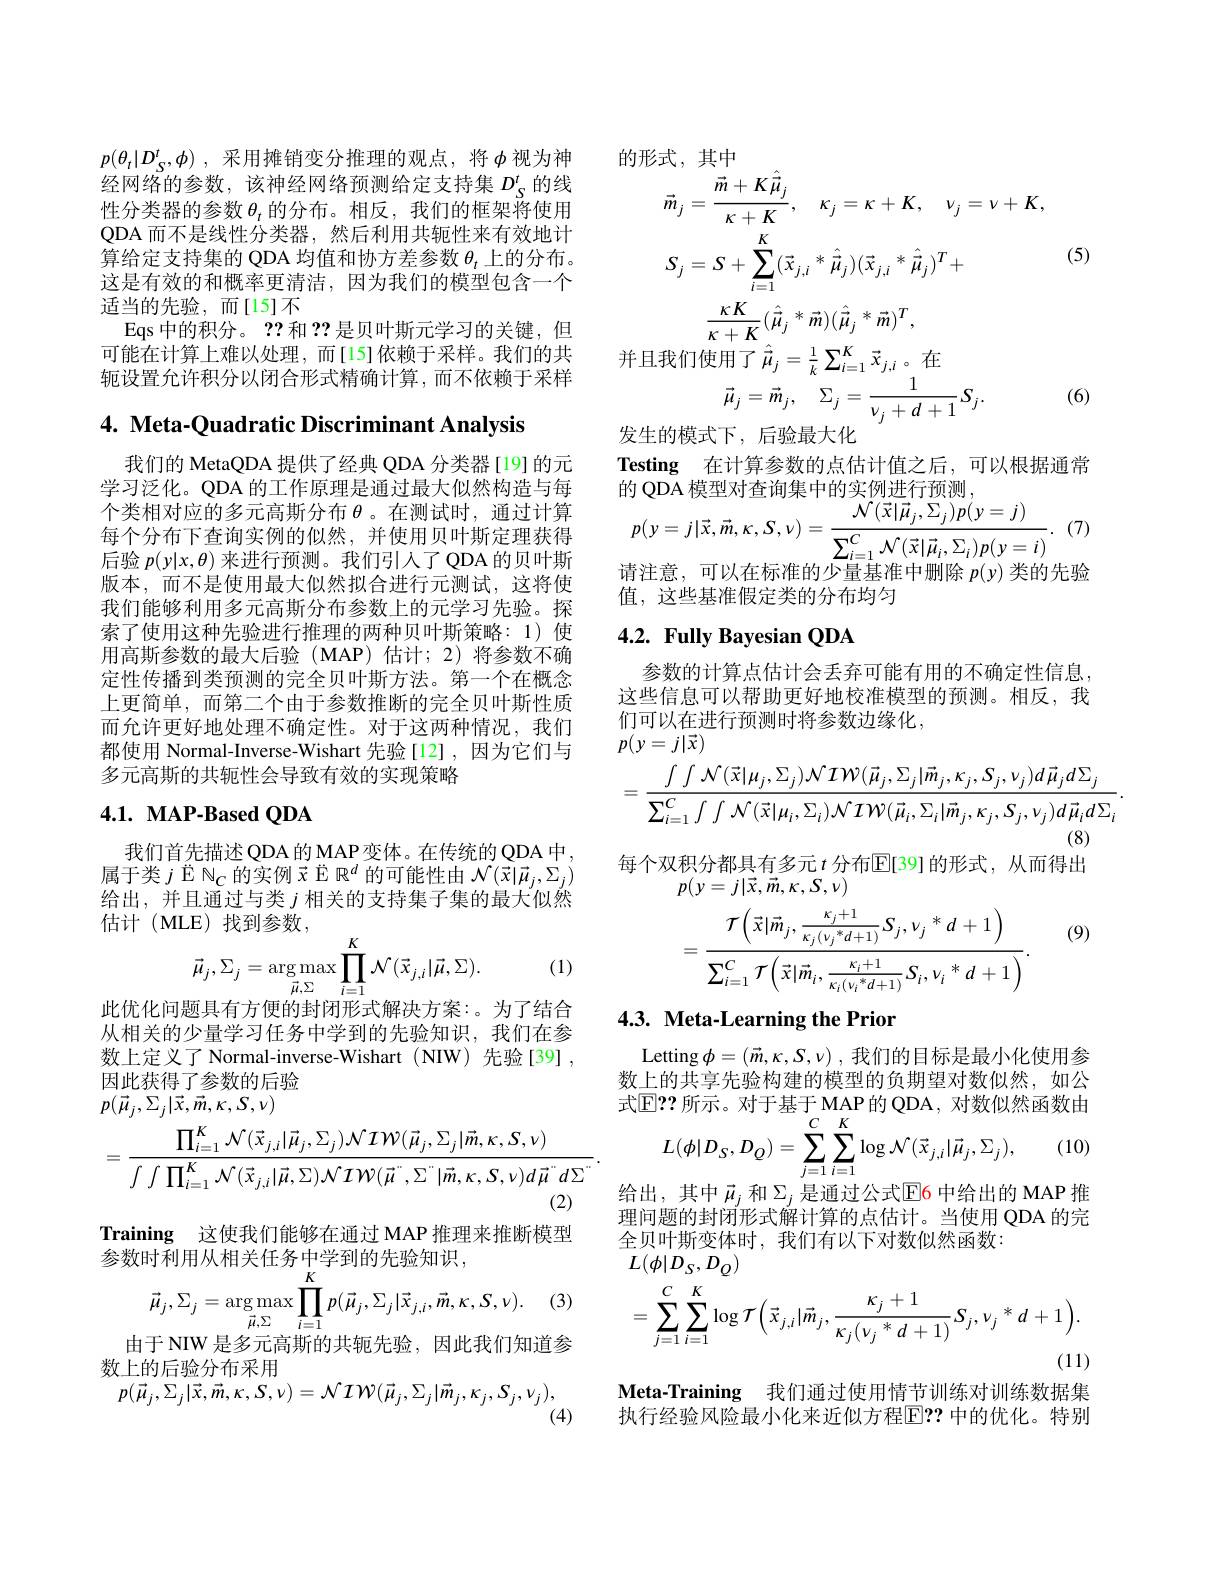
$p( \theta _t| D_S^t, \phi )$ , 采用摊销变分推理的观点，将$\phi$视为神经网络的参数，该神经网络预测给定支持集$D_S^t$的线性分类器的参数$\theta_t$的分布。相反，我们的框架将使用QDA 而不是线性分类器，然后利用共轭性来有效地计算给定支持集的 QDA 均值和协方差参数$\theta_t$上的分布。这是有效的和概率更清洁，因为我们的模型包含一个适当的先验，而[15]不
Eqs 中的积分。??和？?是贝叶斯元学习的关键，但可能在计算上难以处理，而[15]依赖于采样。我们的共轭设置允许积分以闭合形式精确计算，而不依赖于采样

4. Meta-Quadratic Discriminant Analysis

我们的 MetaQDA 提供了经典 QDA 分类器[19] 的元学习泛化。QDA 的工作原理是通过最大似然构造与每个类相对应的多元高斯分布$\theta$ 。在测试时，通过计算每个分布下查询实例的似然，并使用贝叶斯定理获得后验$p(y|x,\theta)$来进行预测。我们引人了 QDA 的贝叶斯版本，而不是使用最大似然拟合进行元测试，这将使我们能够利用多元高斯分布参数上的元学习先验。探索了使用这种先验进行推理的两种贝叶斯策略：1)使用高斯参数的最大后验(MAP)估计；2)将参数不确定性传播到类预测的完全贝叶斯方法。第一个在概念上更简单，而第二个由于参数推断的完全贝叶斯性质而允许更好地处理不确定性。对于这两种情况，我们都使用 Normal-Inverse-Wishart 先验[12],因为它们与多元高斯的共轭性会导致有效的实现策略

# 4.1. MAP-Based QDA

我们首先描述QDA 的 MAP变体。在传统的 QDA 中属于类$j$ Ё $\mathbb{N}_C$的实例$\vec{x}$ Ё $\mathbb{R}^d$的可能性由$\mathcal{N}(\vec{x}|\vec{\mu}_j,\Sigma_j)$ 给出，并且通过与类$j$相关的支持集子集的最大似然估计(MLE)找到参数，
$$\vec{\mu}_{j},\Sigma_{j}=\arg\max_{\vec{\mu},\Sigma}\prod_{i=1}^{K}\mathcal{N}(\vec{x}_{j,i}|\vec{\mu},\Sigma).$$
(1)

此优化问题具有方便的封闭形式解决方案：。为了结合从相关的少量学习任务中学到的先验知识，我们在参数上定义了 Normal-inverse-Wishart (NIW) 先验[39] , 因此获得了参数的后验
$p(\vec{\mu}_{j},\Sigma_{j}|\vec{x},\vec{m},\kappa,S,\nu)$
$$=\frac{\prod_{i=1}^{K}\mathcal{N}(\vec{x}_{j,i}|\vec{\mu}_{j},\Sigma_{j})\mathcal{N}\mathcal{IW}(\vec{\mu}_{j},\Sigma_{j}|\vec{m},\kappa,S,\nu)}{\int\int\prod_{i=1}^{K}\mathcal{N}(\vec{x}_{j,i}|\vec{\mu},\Sigma)\mathcal{N}\mathcal{IW}(\vec{\mu}^{"},\Sigma^{"}|\vec{m},\kappa,S,\nu)d\vec{\mu}^{"}d\Sigma^{"}}.$$
Training 这使我们能够在通过 MAP 推理来推断模型
参数时利用从相关任务中学到的先验知识，
$$\vec{\mu}_{j},\Sigma_{j}=\arg\max_{\vec{\mu},\Sigma}\prod_{i=1}^{K}p(\vec{\mu}_{j},\Sigma_{j}|\vec{x}_{j,i},\vec{m},\kappa,S,\nu).$$
(3)

由于 NIW 是多元高斯的共轭先验，因此我们知道参

数上的后验分布采用
$$p(\vec{\mu}_{j},\Sigma_{j}|\vec{x},\vec{m},\kappa,S,\nu)=\mathcal{NIW}(\vec{\mu}_{j},\Sigma_{j}|\vec{m}_{j},\kappa_{j},S_{j},\nu_{j}),$$
(4)

的形式，其中
$$\begin{aligned}&\vec{m}_{j}=\frac{\vec{m}+K\hat{\mu}_{j}}{\kappa+K},\quad\kappa_{j}=\kappa+K,\quad\nu_{j}=\nu+K,\\&S_{j}=S+\sum_{i=1}^{K}(\vec{x}_{j,i}*\hat{\vec{\mu}}_{j})(\vec{x}_{j,i}*\hat{\vec{\mu}}_{j})^{T}+\\&\frac{\kappa K}{\kappa+K}(\hat{\vec{\mu}}_{j}*\vec{m})(\hat{\vec{\mu}}_{j}*\vec{m})^{T},\\&\text{1我们使用了}\hat{\vec{\mu}}_{j}=\frac{1}{k}\sum_{i=1}^{K}\vec{x}_{j,i}\text{。在}\\&\vec{\mu}_{j}=\vec{m}_{j},\quad\Sigma_{j}=\frac{1}{\nu_{j}+d+1}S_{j}.\end{aligned}$$
(5)

(6)

Testing 在计算参数的点估计值之后，可以根据通常
的 QDA 模型对查询集中的实例进行预测，
$$\begin{array}{c}{{p(y=j|\vec{x},\vec{m},\kappa,S,\nu)=\frac{\mathcal{N}(\vec{x}|\vec{\mu}_{j},\Sigma_{j})p(y=j)}{\sum_{i=1}^{C}\mathcal{N}(\vec{x}|\vec{\mu}_{i},\Sigma_{i})p(y=i)}.}}\\\end{array}$$
$\cdot$ (7)
请注意，可以在标准的少量基准中删除$p(y)$类的先验
值，这些基准假定类的分布均匀

# 4.2. Fully Bayesian QDA

参数的计算点估计会丢弃可能有用的不确定性信息， 这些信息可以帮助更好地校准模型的预测。相反，我们可以在进行预测时将参数边缘化，
$p(y=j|\vec{x})$
$$=\frac{\int\int\mathcal{N}(\vec{x}|\mu_{j},\Sigma_{j})\mathcal{NIW}(\vec{\mu}_{j},\Sigma_{j}|\vec{m}_{j},\kappa_{j},S_{j},\nu_{j})d\vec{\mu}_{j}d\Sigma_{j}}{\sum_{i=1}^{C}\int\int\mathcal{N}(\vec{x}|\mu_{i},\Sigma_{i})\mathcal{NIW}(\vec{\mu}_{i},\Sigma_{i}|\vec{m}_{j},\kappa_{j},S_{j},\nu_{j})d\vec{\mu}_{i}d\Sigma_{i}}.$$
每个双积分都具有多元$t$ 分布$\mathbb{E}[39]$的形式，从而得出
$p(y=j|\vec{x},\vec{m},\kappa,S,\nu)$

(9)
$$=\frac{\mathcal{T}\left(\vec{x}|\vec{m}_{j},\frac{\kappa_{j}+1}{\kappa_{j}(\nu_{j}^{*}d+1)}S_{j},\nu_{j}^{*}\:d+1\right)}{\sum_{i=1}^{C}\mathcal{T}\left(\vec{x}|\vec{m}_{i},\frac{\kappa_{i}+1}{\kappa_{i}(\nu_{i}^{*}d+1)}S_{i},\nu_{i}^{*}\:d+1\right)}.$$
# 4.3. Meta-Learning the Prior

Letting $\phi = ( \vec{m} , \kappa , S, \nu )$ ,我们的目标是最小化使用参数上的共享先验构建的模型的负期望对数似然，如公
$$\begin{array}{c}{\text{」: 川 小。刈 J 基 J MAF 的 QDA, 对数似然}}\\{L(\phi|D_{S},D_{Q})=\sum_{j=1}^{C}\sum_{i=1}^{K}\log\mathcal{N}(\vec{x}_{j,i}|\vec{\mu}_{j},\Sigma_{j}),}\end{array}$$
(10)

给出，其中$\vec{\mu}_j$和$\Sigma_j$是通过公式$\operatorname{E6}$中给出的 MAP 推理问题的封闭形式解计算的点估计。当使用 QDA 的完全贝叶斯变体时，我们有以下对数似然函数：
$$\begin{aligned}&L(\phi|D_{S},D_{Q})\\&=\sum_{j=1}^{C}\sum_{i=1}^{K}\log\tau\Big(\vec{x}_{j,i}|\vec{m}_{j},\frac{\kappa_{j}+1}{\kappa_{j}(\nu_{j}\:*\:d+1)}S_{j},\nu_{j}\:*d+1\Big).\end{aligned}$$
Meta-Training 我们通过使用情节训练对训练数据集执行经验风险最小化来近似方程$\overline{\mathrm{E}}??$ 中的优化。特别